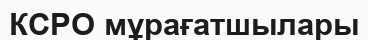
КСРО мұрағатшылары